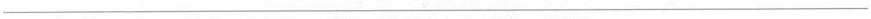
___